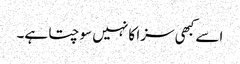
اسے کبھی سزا کا نہیں سوچتا ہے۔